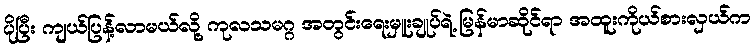
ပိုပြီး ကျယ်ပြန့်လာမယ်လို့ ကုလသမဂ္ဂ အတွင်းရေးမှူးချုပ်ရဲ့ မြန်မာဆိုင်ရာ အထူးကိုယ်စားလှယ်က